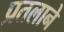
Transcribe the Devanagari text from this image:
प्रतलाने